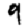
Digit: 9